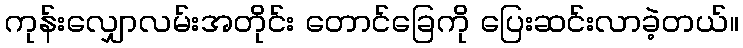
ကုန်းလျှောလမ်းအတိုင်း တောင်ခြေကို ပြေးဆင်းလာခဲ့တယ်။